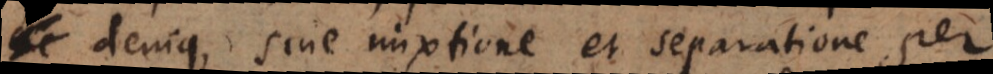
denique sine mixtione et separatione per